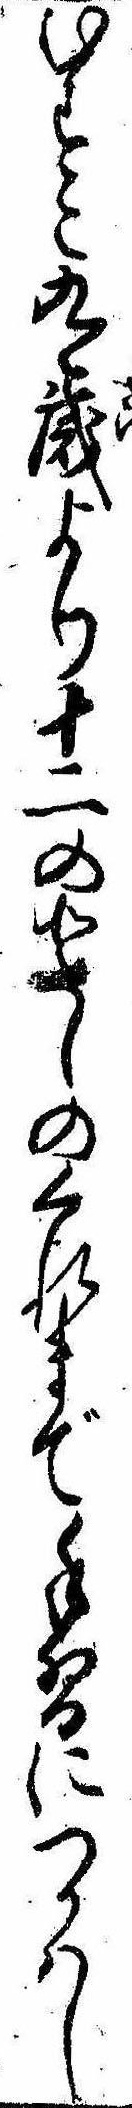
むすこ九歳より十二のとしのくれまで手習につかはし